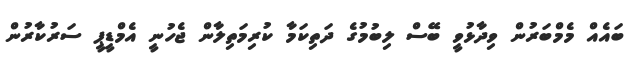
ބައެއް މެމްބަރުން ވިދާޅުވީ ބޭސް ލިބުމުގެ ދަތިކަމާ ކުރިމަތިލާން ޖެހުނީ އެމްޑީޕީ ސަރުކާރުން